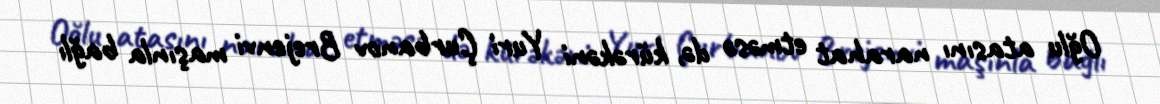
Oğlu atasını narahat etməsə də, kürəkəni Yuri Çurbanov Brejenvi maşınla bağlı